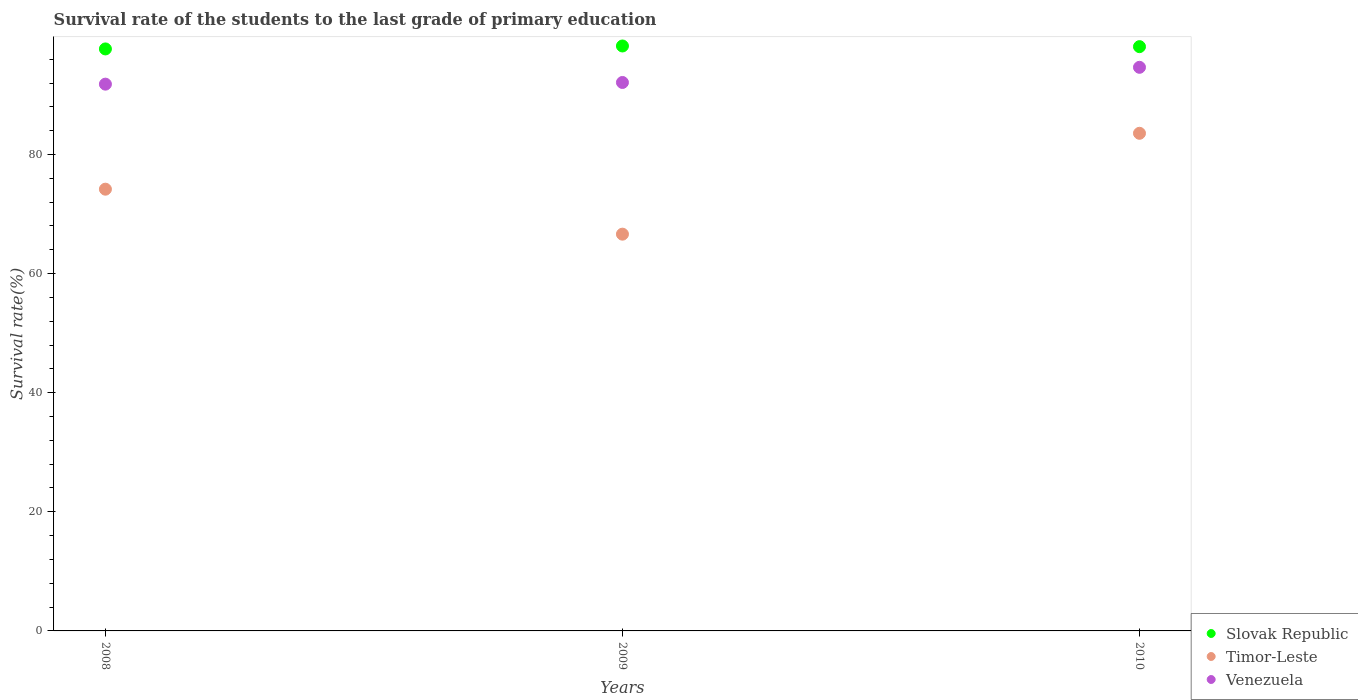
| Years | Slovak Republic | Timor-Leste | Venezuela |
 | --- | --- | --- | --- |
 | 2008 | 97.7 | 74.2 | 91.8 |
 | 2009 | 98.2 | 66.6 | 92.1 |
 | 2010 | 98.1 | 83.6 | 94.6 |